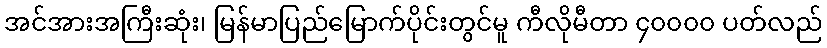
အင်အားအကြီးဆုံး၊ မြန်မာပြည်မြောက်ပိုင်းတွင်မူ ကီလိုမီတာ ၄၀၀၀၀ ပတ်လည်